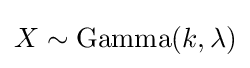
X\sim \operatorname {Gamma} (k,\lambda )